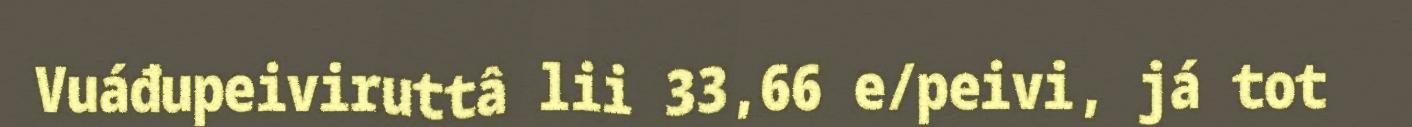
Vuáđupeiviruttâ lii 33,66 e/peivi, já tot